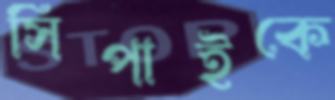
সিপাইকে